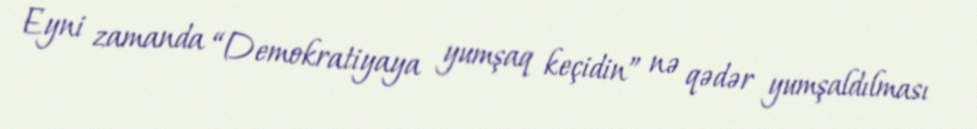
Eyni zamanda “Demokratiyaya yumşaq keçidin” nə qədər yumşaldılması